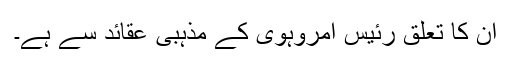
ان کا تعلق رئیس امروہوی کے مذہبی عقائد سے ہے۔